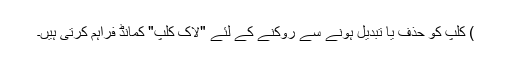
) کلپ کو حذف یا تبدیل ہونے سے روکنے کے لئے "لاک کلپ" کمانڈ فراہم کرتی ہیں۔